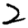
Digit: 2